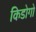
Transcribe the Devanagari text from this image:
किडोगो